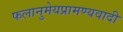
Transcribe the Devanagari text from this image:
फलानुमेयप्रामण्यवादी